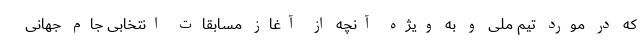
که در مورد تیم ملی و به ویژه آنچه از آغاز مسابقات انتخابی جام جهانی